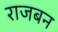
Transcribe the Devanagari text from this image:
राजबन